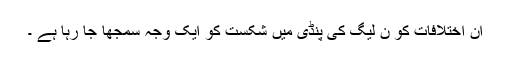
ان اختلافات کو ن لیگ کی پنڈی میں شکست کو ایک وجہ سمجھا جا رہا ہے ۔